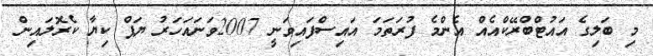
މި ބަލިގެ އައުޓްބްރޭކްއެއް އެންމެ ފުުރަތަމަ އައިސްފައިވަނީ 2007ވަނައަހަރު ޔަޕް ކިޔާ ކެރޮލައިން